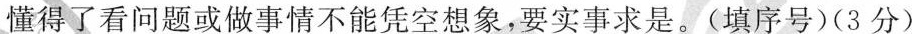
懂得了看问题或做事情不能凭空想象，要实事求是。(填序号)(3分)